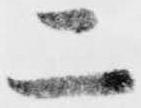
二